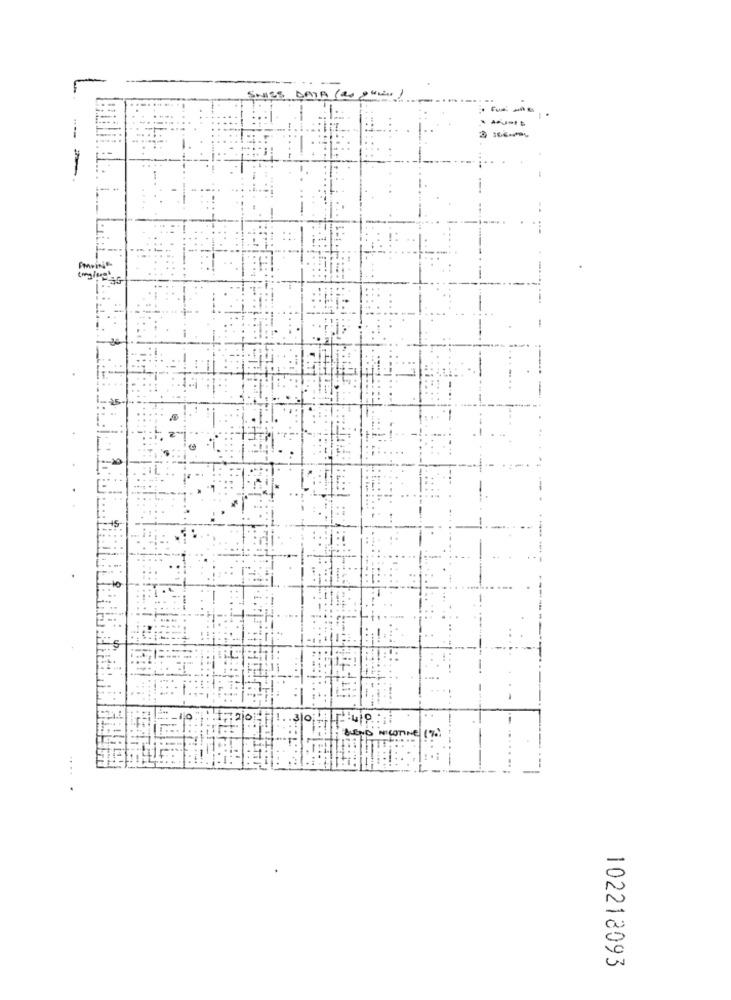
ES DAIR (W)
BLEND NICOTINE (%)
.
102218093